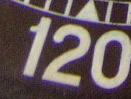
120